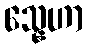
သ္နေဟာ